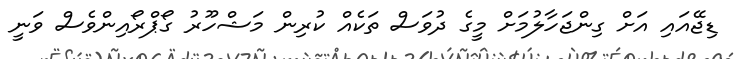
ޑިޖޭއައި އަށް ގިންޖަހާލުމަށް މީގެ ދުވަސް ތަކެއް ކުރިން މަޝްހޫރު ގޯޕްރޯއިންވެސް ވަނީ